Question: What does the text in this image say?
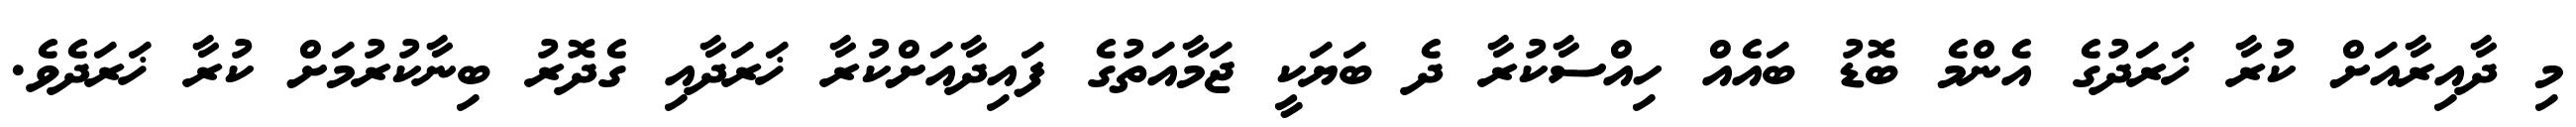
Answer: މި ދާއިރާއަށް ކުރާ ޚަރަދުގެ އެންމެ ބޮޑު ބައެއް ހިއްސާކުރާ ދެ ބަޔަކީ ޖަމާއަތުގެ ފައިދާއަށްކުރާ ޚަރަދާއި ގެދޮރު ބިނާކުރުމަށް ކުރާ ޚަރަދެވެ.